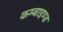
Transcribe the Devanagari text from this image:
कम्बाइण्ड